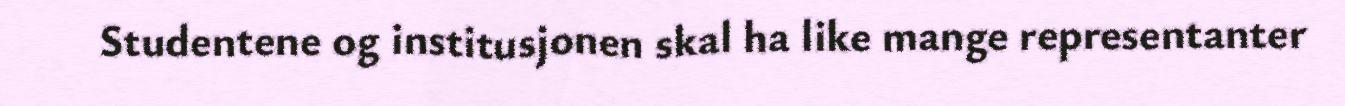
Studentene og institusjonen skal ha like mange representanter